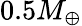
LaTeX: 0.5M_{\oplus}